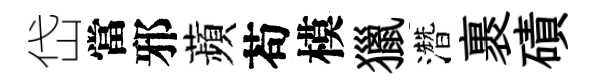
岱當邪蘋苟模獵濳裹磧